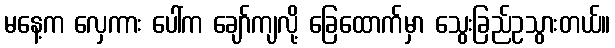
မနေ့က လှေကား ပေါ်က ချော်ကျလို့ ခြေထောက်မှာ သွေးခြည်ဥသွားတယ်။